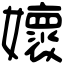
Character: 㜳